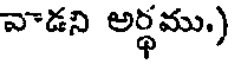
వాడని అర్థము.)